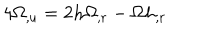
4 \Omega _ { , u } = 2 h \Omega _ { , r } - \Omega h _ { , r }